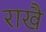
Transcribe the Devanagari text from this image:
राखै